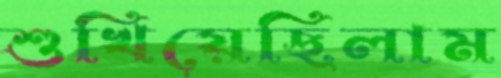
শুখিয়েছিলাম